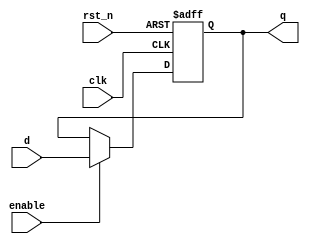
module synchronous_register (
    input wire clk,          // Clock input
    input wire rst_n,       // Active low reset
    input wire enable,      // Enable signal
    input wire [3:0] d,     // 4-bit data input
    output reg [3:0] q      // 4-bit data output
);

// Always block sensitive to the rising edge of the clock and the active low reset
always @(posedge clk or negedge rst_n) begin
    if (!rst_n) begin
        // Asynchronous reset
        q <= 4'b0000; // Reset output to 0
    end else if (enable) begin
        // Update output with input data on enable
        q <= d; // Non-blocking assignment
    end
    // If enable is low, retain the current state of q
end

endmodule